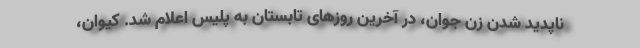
ناپدید شدن زن جوان، در آخرین روز‌های تابستان به پلیس اعلام شد. کیوان،